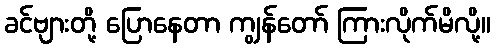
ခင်ဗျားတို့ ပြောနေတာ ကျွန်တော် ကြားလိုက်မိလို့။